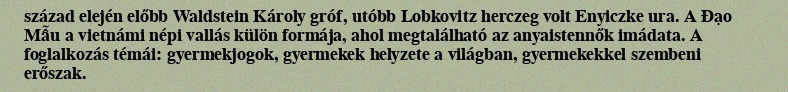
század elején előbb Waldstein Károly gróf, utóbb Lobkovitz herczeg volt Enyiczke ura. A Đạo Mẫu a vietnámi népi vallás külön formája, ahol megtalálható az anyaistennők imádata. A foglalkozás témái: gyermekjogok, gyermekek helyzete a világban, gyermekekkel szembeni erőszak.